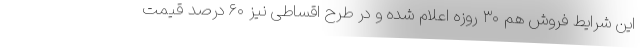
این شرایط فروش هم ۳۰ روزه اعلام شده و در طرح اقساطی نیز ۶۰ درصد قیمت